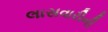
લાસવારીની